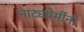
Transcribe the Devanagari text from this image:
नाट्यप्रेमींनी